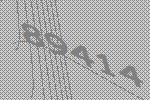
89414